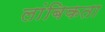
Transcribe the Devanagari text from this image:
लांबिकता